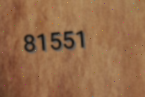
81551